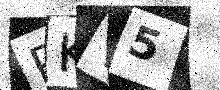
Text: RKV5